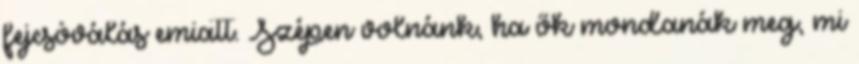
fejcsóválás emiatt. Szépen volnánk, ha ők mondanák meg, mi